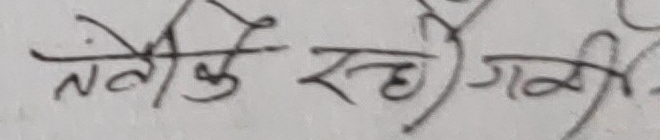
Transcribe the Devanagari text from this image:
तेल के रही गयी।